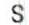
S